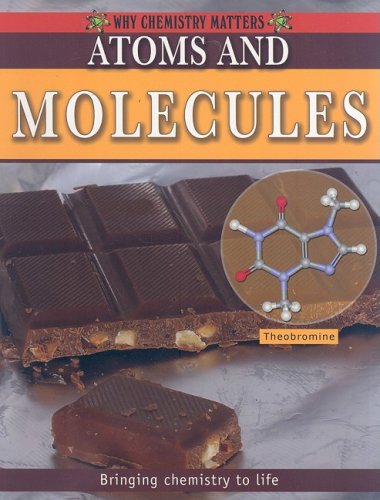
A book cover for Atoms and Molecules (Why Chemistry Matters); Molly Aloian; Children's Books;